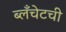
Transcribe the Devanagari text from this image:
ब्लँचेटची